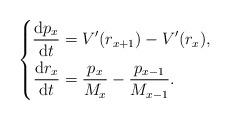
LaTeX: \begin{align*}\left\{ \begin{aligned} \frac{\text d p_x}{\text d t}&=V'(r_{x+1})-V'(r_{x}), \\\frac{\text d r_x}{\text d t}&=\frac{p_{x}}{{M_{x}}}-\frac{p_{x-1}}{{M_{x-1}}}. \end{aligned}\right. \end{align*}